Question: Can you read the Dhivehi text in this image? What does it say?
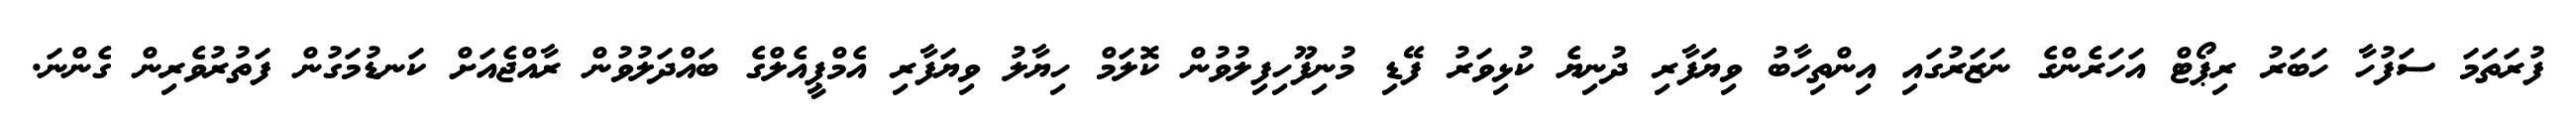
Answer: ފުރަތަމަ ސަފުހާ ހަބަރު ރިޕޯޓް އަހަރެންގެ ނަޒަރުގައި އިންތިހާބު ވިޔަފާރި ދުނިޔެ ކުޅިވަރު ފޭޑި މުނިފޫހިފިލުވުން ކޮލަމް ހިޔާލު ވިޔަފާރި އެމްޕީއެލްގެ ބައްދަލުވުން ރާއްޖެއަށް ކަނޑުމަގުން ފަތުރުވެރިން ގެންނަ.